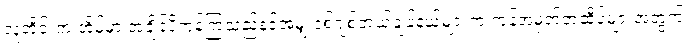
လူတိုင်းက အိမ်မှာ အချိန်ပိုကုန်ကြသည်နှင့်အမျှ ဒစ်ဂျစ်တယ်ချန်နယ်များက ကုန်အမှတ်တံဆိပ်များအတွက်